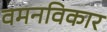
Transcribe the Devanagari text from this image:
वमनविकार